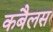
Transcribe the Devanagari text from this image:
कबैलस